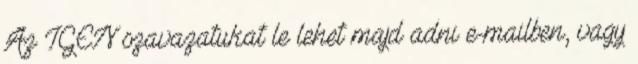
Az IGEN szavazatukat le lehet majd adni e-mailben, vagy